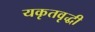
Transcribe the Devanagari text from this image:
यकृतवृद्धी